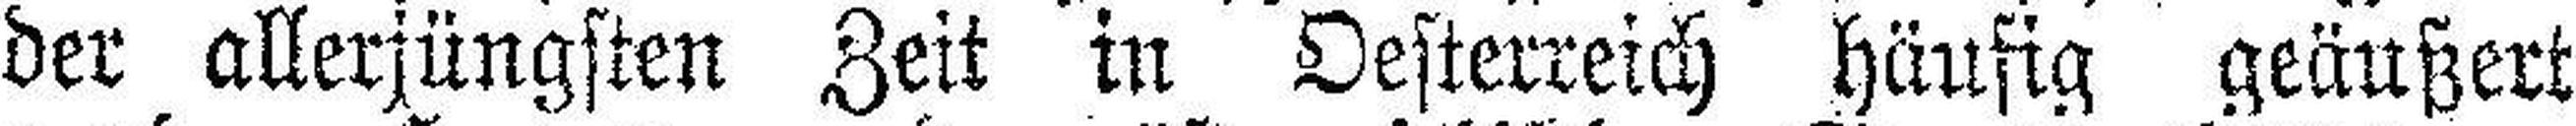
der allerjüngsten Zeit in Oesterreich häufig geäußert